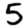
Digit: 5